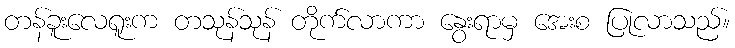
တန်ခူးလေရူးက တသုန်သုန် တိုက်လာကာ နွေးရာမှ အေးစ ပြုလာသည်။